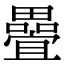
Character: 𭻵